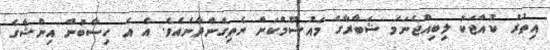
އިތުރު ކުއްޖަކު ލިބިއްޖެނަމަ ޝަބާރާގެ މައުސޫމްކަން ނެތިގެންދާނެއެވެ. އެ އެ ހިސާބުން އިންޝާގެ